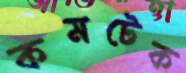
কমটেক